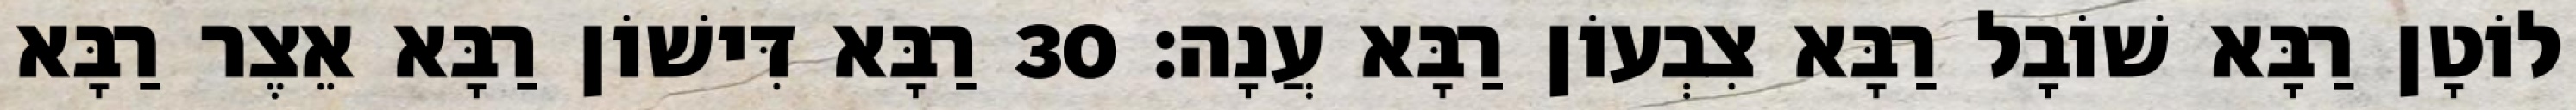
לוֹטָן רַבָּא שׁוֹבָל רַבָּא צִבְעוֹן רַבָּא עֲנָה׃ 30 רַבָּא דִּישׁוֹן רַבָּא אֵצֶר רַבָּא